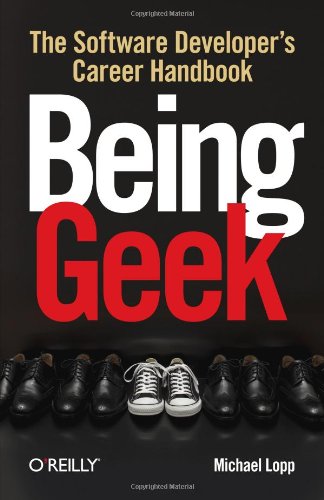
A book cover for Being Geek: The Software Developer's Career Handbook; Michael Lopp; Humor & Entertainment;